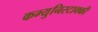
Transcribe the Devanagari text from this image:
कम्युनिस्टाक्की